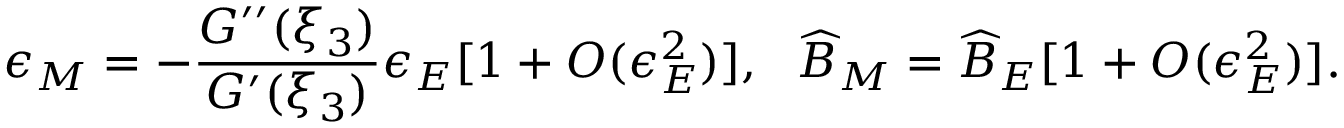
\epsilon _ { M } = - \frac { G ^ { \prime \prime } ( \xi _ { 3 } ) } { G ^ { \prime } ( \xi _ { 3 } ) } \epsilon _ { E } [ 1 + O ( \epsilon _ { E } ^ { 2 } ) ] , \ \ \widehat { B } _ { M } = \widehat { B } _ { E } [ 1 + O ( \epsilon _ { E } ^ { 2 } ) ] .